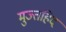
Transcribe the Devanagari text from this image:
मुज्तहिद